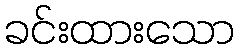
ခင်းထားသော